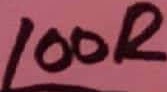
Text: 100R